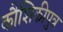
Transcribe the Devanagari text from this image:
कौशिकीपुत्र